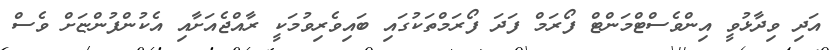
އަދި ވިދާޅުވީ އިންވެސްޓްމަންޓް ފޯރަމް ފަދަ ފޯރަމްތަކުގައި ބައިވެރިވުމަކީ ރާއްޖެއަށާއި އެކުންފުންޏަށް ވެސް